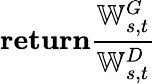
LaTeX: \textbf{return}\frac{\mathbb{W}_{s,t}^{G}}{\mathbb{W}_{s,t}^{D}}